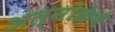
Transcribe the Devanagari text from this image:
अल्मोक्रेवे